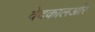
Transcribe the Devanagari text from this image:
वेदकालऔर